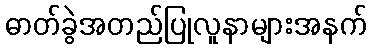
ဓာတ်ခွဲအတည်ပြုလူနာများအနက်